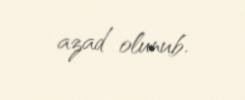
azad olunub.